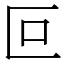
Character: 叵